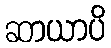
ဆာယာပိ